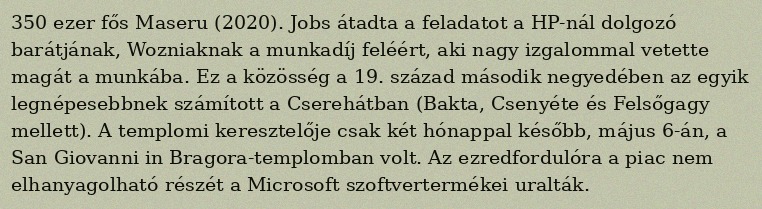
350 ezer fős Maseru (2020). Jobs átadta a feladatot a HP-nál dolgozó barátjának, Wozniaknak a munkadíj feléért, aki nagy izgalommal vetette magát a munkába. Ez a közösség a 19. század második negyedében az egyik legnépesebbnek számított a Cserehátban (Bakta, Csenyéte és Felsőgagy mellett). A templomi keresztelője csak két hónappal később, május 6-án, a San Giovanni in Bragora-templomban volt. Az ezredfordulóra a piac nem elhanyagolható részét a Microsoft szoftvertermékei uralták.